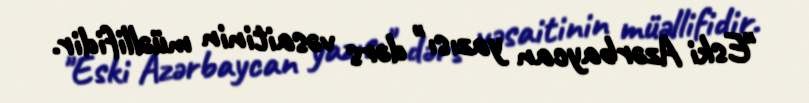
"Eski Azərbaycan yazısı" dərs vəsaitinin müəllifidir.